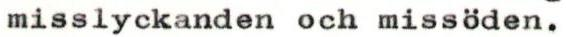
misslyckanden och missöden.